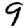
Digit: 9